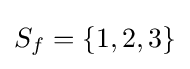
S_{f}=\{1,2,3\}